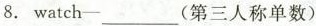
8. watch-___(第三人称单数)